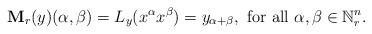
LaTeX: \begin{align*}{\bf M}_r(y)(\alpha,\beta) = L_y(x^\alpha x^\beta)=y_{\alpha+\beta}, \textrm{ for all } \alpha,\beta \in \mathbb{N}_r^n.\end{align*}